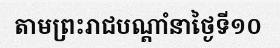
តាមព្រះរាជបណ្តាំនាថ្ងៃទី១០